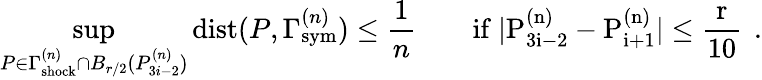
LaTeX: \operatorname*{sup}_{P\in\Gamma_{\mathrm{{shock}}}^{(n)}\cap B_{r/2}(P_{3i-2}^{(n)})}{\mathrm{dist}}(P,\Gamma_{\mathrm{{sym}}}^{(n)})\leq\frac{1}{n}\qquad\mathrm{if~|P^{(n)}_{3i-2}-P^{(n)}_{i+1}|\leq\frac{r}{10}~}\, .